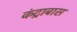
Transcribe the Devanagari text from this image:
कंट्राबास